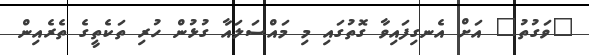
"ވަގުތު" އަށް އެނގިފައިވާ ގޮތުގައި މި މައްސަލައާ ގުޅުން ހުރި ތަކެތީގެ ތެރެއިން